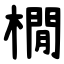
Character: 橌